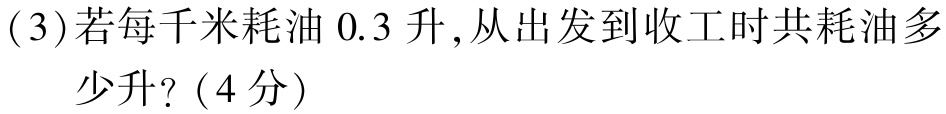
(3)若每千米耗油 \(0.3\) 升，从出发到收工时共耗油多少升?（4分）